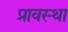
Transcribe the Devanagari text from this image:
प्रावस्‍था